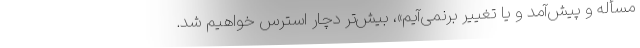
مسأله و پیش‌آمد و یا تغییر برنمی‌آیم»، بیش‌تر دچار استرس خواهیم شد.